Vaccination in Bombay 1902-1912 - 1902-1912
Year: 1902
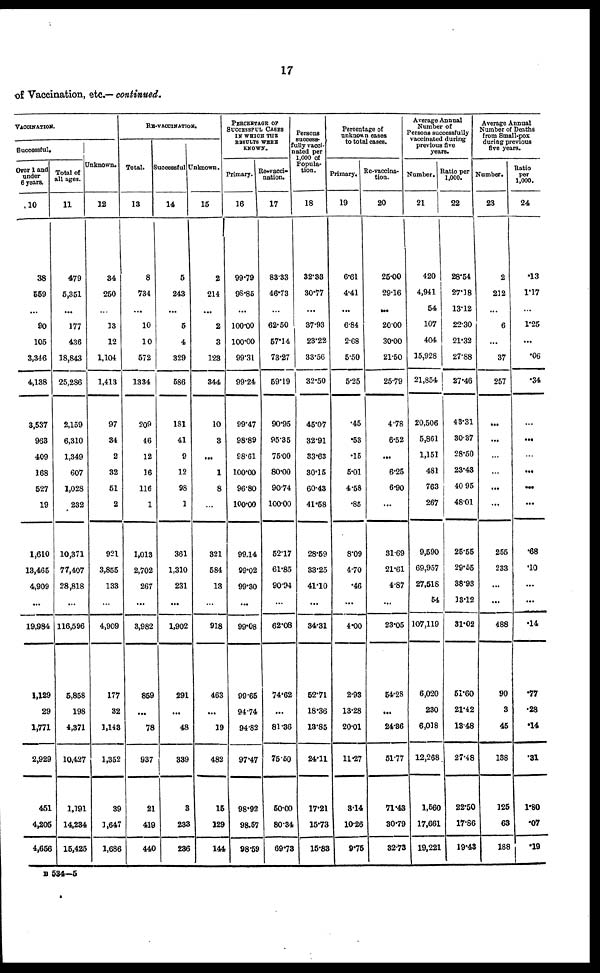
17
of Vaccination, etc.— continued.
VACCINATION.
Successful.
Over 1 and
under
6 years.
10
38
559
...
90
105
3,346
4,138
3,537
963
409
168
527
19
1,610
13,465
4,909
...
19,984
1,129
29
1,771
2,929
451
4,205
4,656
Total of
all ages.
11
479
5,351
...
177
436
18,843
25,286
2,159
6,310
1,349
607
1,028
232
10,371
77,407
28,818
...
116,596
5,858
198
4,371
10,427
1,191
14,234
15,425
Unknown.
12
34
250
...
13
12
1,104
1,413
97
34
2
32
51
2
921
3,855
133
...
4,909
177
32
1,143
1,352
39
1,647
1,686
RE-VACCINATION.
Total.
13
8
734
...
10
10
572
1334
209
46
12
16
116
1
1,013
2,702
267
...
3,982
859
...
78
937
21
419
440
Successful
14
5
243
...
5
4
329
586
181
41
9
12
98
1
361
1,310
231
...
1,902
291
...
48
339
3
233
236
Unknown.
15
2
214
...
2
3
123
344
10
3
. ..
1
8
...
321
584
13
...
918
463
...
39
482
15
129
144
PERCENTAGE OF
SUCCESSFUL CASES
IN WHICH THE
RESULTS WERE
KNOWN.
Primary.
16
99.79
98.85
...
100.00
100.00
99.31
99.24
99.47
98.89
98.61
100.00
96.80
100.00
99.14
99.02
99.30
...
99.08
99.65
94.74
94.82
97.47
98.92
98.57
98.59
Re-vacci¬
nation.
17
83.33
46.73
...
62.50
57.14
73.27
59.19
90.95
95.35
75.00
80.00
90.74
100.00
52.17
61.85
90.94
...
62.08
74.62
...
81.36
75.50
50.00
80.34
69.73
Persons
success¬
fully vacci¬
ated per
1,000 of
Popula-
tion.
18
32.33
30.77
...
37.93
23.22
33.56
32.50
45.07
32.91
33.63
30.15
60.43
41.58
28.59
33.25
41.10
...
34.31
52.71
18.36
13.85
24.11
17.21
15.73
15.83
Percentage of
unknown cases
to total cases.
Primary.
19
6.61
4.41
...
6.84
2.68
5.50
5.25
.45
.53
.15
5.01
4.58
.85
8.09
4.70
.46
...
4.00
2.93
13.28
20.01
11.27
3.14
10.26
9.75
Re-vaccina¬
tion.
20
25.00
29.16
...
20.00
30.00
21.50
25.79
4.78
6.52
. ..
6.25
6.90
...
31.69
21.61
4.87
...
23.05
54.28
...
24.86
51.77
71.43
30.79
32.73
Average Annual
Number of
Persons successfully
vaccinated during
previous five
years.
Number.
21
420
4,941
54
107
404
15,928
21,854
20,506
5,861
1,151
481
763
267
9,590
69,957
27,518
54
107,119
6,020
230
6,038
12,268.
1,560
17,661
19,221
Ratio per
1,000.
22
28.54
27.18
13.12
22.30
21.32
27.88
27.46
43.31
30.37
28.50
23.43
40.95
48.01
25.55
29.55
38.93
13.12
31.02
51.60
21.42
13.48
27.48
22.50
17.86
19.43
Average Annual
Number of Deaths
from Small-pox
during previous
five years.
Number.
23
2
212
...
6
...
37
257
...
...
...
...
...
...
255
233
...
...
488
90
3
45
138
125
63
188
Ratio
per
1,000.
24
.13
1.17
...
1.25
...
.06
.34
...
...
...
...
...
...
.68
.10
...
...
.14
.77
.28
.14
.31
1.80
.07
.19
B 534—5